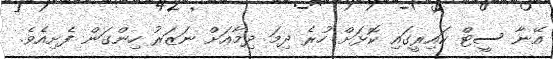
އޭނާ ސީޓް ކައިރީގައި ކޮޅަށް ހުރެ ދިމަ ދިމާއަށް ނަޒަރު ހިންގަން ފެށިއެވެ.